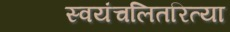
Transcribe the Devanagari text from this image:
स्वयंचलितरित्या